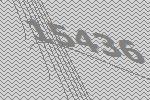
15436